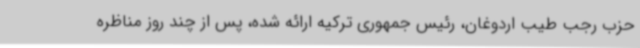
حزب رجب طیب اردوغان، رئیس جمهوری ترکیه ارائه شده، پس از چند روز مناظره